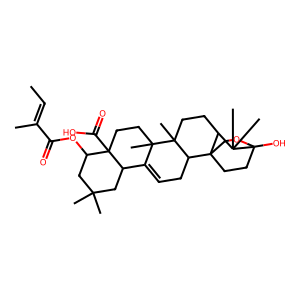
SMILES: CC=C(C)C(=O)OC1CC(C)(C)CC2C3=CCC4C56CCC(O)(OC5)C(C)(C)C6CCC4(C)C3(C)CCC12C(=O)O
Inhibits HIV replication: No